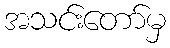
အသင်းတော်မှ